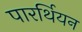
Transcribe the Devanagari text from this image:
पारर्थियन